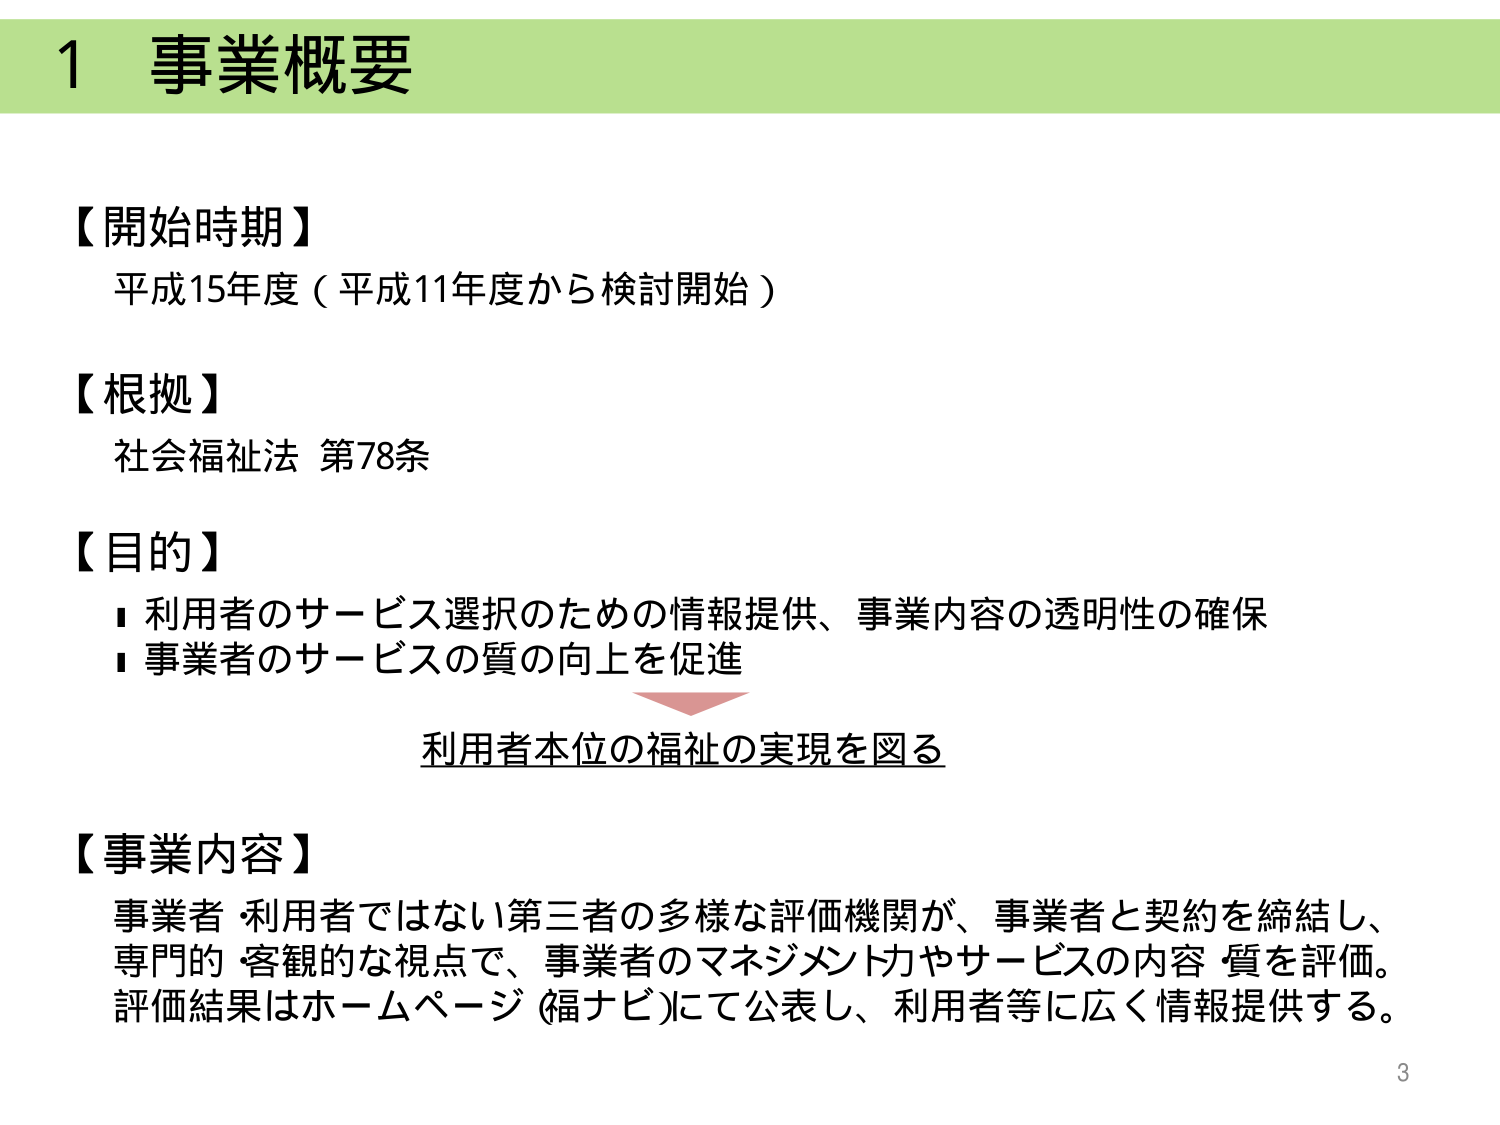
1 事業概要

【開始時期】
平成15年度（平成11年度から検討開始）

【根拠】
社会福祉法 第78条

【目的】
■ 利用者のサービス選択のための情報提供、事業内容の透明性の確保
■ 事業者のサービスの質の向上を促進
利用者本位の福祉の実現を図る

【事業内容】
事業者・利用者ではない第三者の多様な評価機関が、事業者と契約を締結し、
専門的・客観的な視点で、事業者のマネジメント力やサービスの内容・質を評価。
評価結果はホームページ（福ナビ）にて公表し、利用者等に広く情報提供する。

3